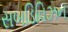
સબડિવિઝન